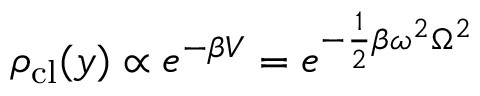
\rho _ { \mathrm { c l } } ( y ) \propto e ^ { - \beta V } = e ^ { - \frac { 1 } { 2 } \beta \omega ^ { 2 } \Omega ^ { 2 } }